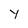
Character: y